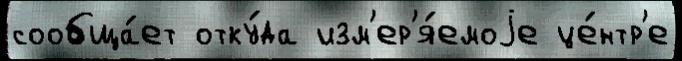
сообща́ет отку́да изм'ер'я́емоjе це́нтр'е